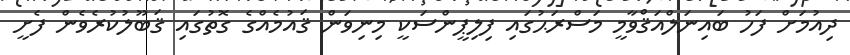
ދިއުމަށް ފަހު ބައިނަލްއަޤްވާމީ މަސްރަޙުގައި ފިލިޕީންސަކީ މިނިވަން ޤައުމެއްގެ ގޮތުގައި ޤަބޫލުކުރެވެން ފެށީ